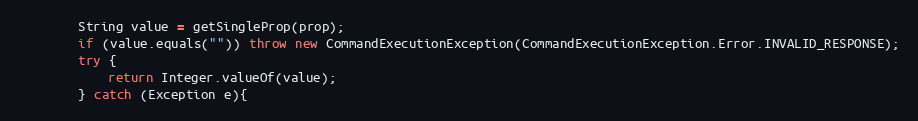
Language: Java
        String value = getSingleProp(prop);
        if (value.equals("")) throw new CommandExecutionException(CommandExecutionException.Error.INVALID_RESPONSE);
        try {
            return Integer.valueOf(value);
        } catch (Exception e){